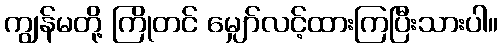
ကျွန်မတို့ ကြိုတင် မျှော်လင့်ထားကြပြီးသားပါ။